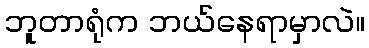
ဘူတာရုံက ဘယ်နေရာမှာလဲ။